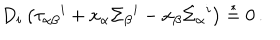
LaTeX: D _ { i } \left( \tau _ { \alpha \beta } { } ^ { i } + x _ { \alpha } \Sigma _ { \beta } { } ^ { i } - x _ { \beta } \Sigma _ { \alpha } { } ^ { i } \right) \stackrel { * } { = } 0 \, .